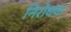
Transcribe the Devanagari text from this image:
निरोधचा